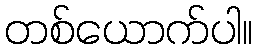
တစ်ယောက်ပါ။